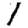
Digit: 1